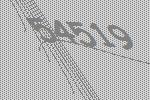
54519